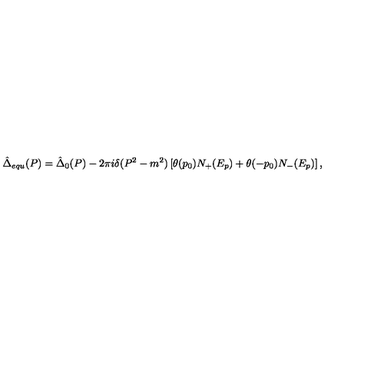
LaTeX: \hat { \Delta } _ { e q u } ( P ) = \hat { \Delta } _ { 0 } ( P ) - 2 \pi i \delta ( P ^ { 2 } - m ^ { 2 } ) \left[ \theta ( p _ { 0 } ) N _ { + } ( E _ { p } ) + \theta ( - p _ { 0 } ) N _ { - } ( E _ { p } ) \right] ,